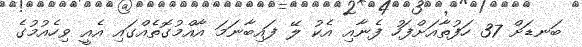
ބަނޑަށް 37 ހަފުތާއަށްފަހު ފެނާއި އެކު ލޭ ފައިބާނަމަ އާއްމުގޮތެއްގައި އެއީ ވިހެއުމުގެ